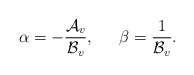
\begin{align*}\alpha = -{ {\cal A}_v \over {\cal B}_v}, \,\,\,\,\,\,\,\,\, \beta={1 \over {\cal B}_v}.\end{align*}